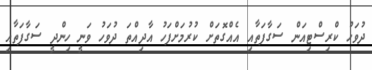
ދުވަހު ކްރިސްޓިއަން ސަގާފަތާއި އެއްގޮތަށް ކުރުމަށްފަހު އާދިއްތަ ދުވަހު ވަނީ ހިންދީ ސަގާފަތާއި